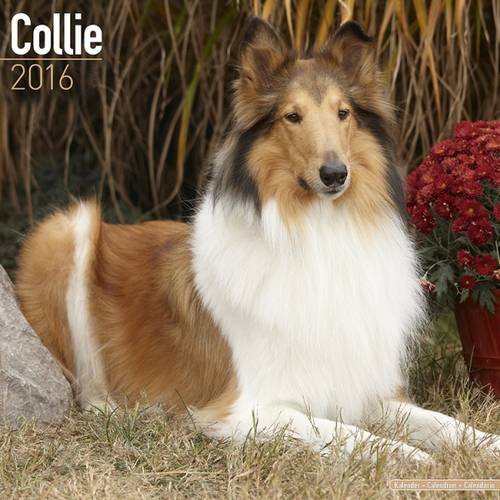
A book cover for Collie Calendar - Breed Specific Collie Calendar - 2016 Wall calendars - Dog Calendars - Monthly Wall Calendar by Avonside; MegaCalendars; Calendars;